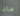
ماذا